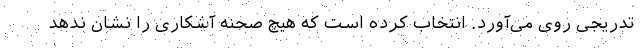
تدریجی روی می‌آورد. انتخاب کرده است که هیچ صحنه آشکاری را نشان ندهد